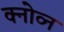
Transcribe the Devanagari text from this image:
क्नोव्न